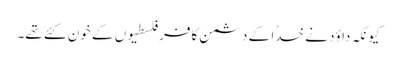
کیونکہ داؤد نے خدُا کے دشمن کافر فلسطیوں کے خون کئے تھے۔